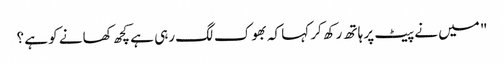
" میں نے پیٹ پر ہاتھ رکھ کر کہا کہ بھوک لگ رہی ہے کچھ کھانے کو ہے ؟